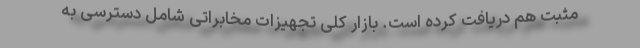
مثبت هم دریافت کرده است. بازار کلی تجهیزات مخابراتی شامل دسترسی به